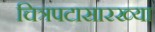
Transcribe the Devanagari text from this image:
चित्रपटासारख्या